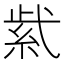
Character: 𬗋